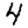
Digit: 4